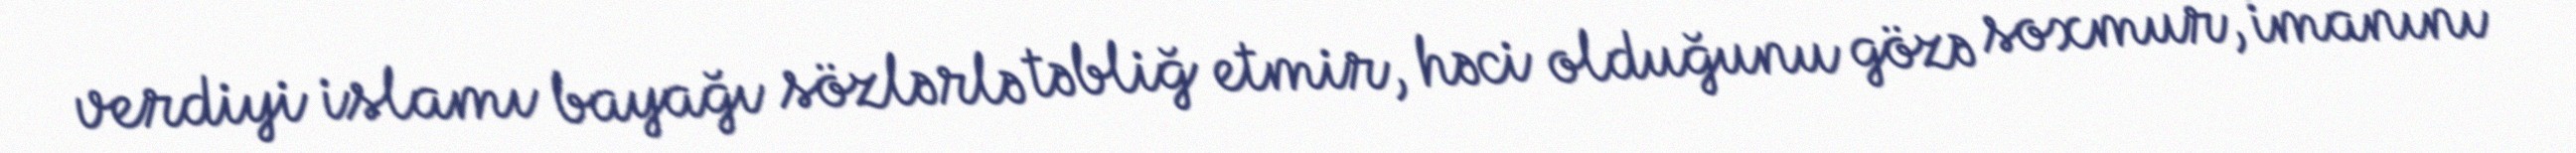
verdiyi islamı bayağı sözlərlə təbliğ etmir, həci olduğunu gözə soxmur, imanını